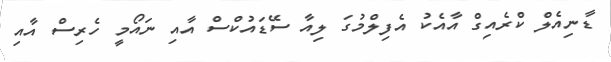
ޑާނިއެލް ކްރެއިގް އާއެކު އެފިލްމުގަ ލިއާ ސޭޑައުކްސް އާއި ނައޯމީ ހެރިސް އާއި